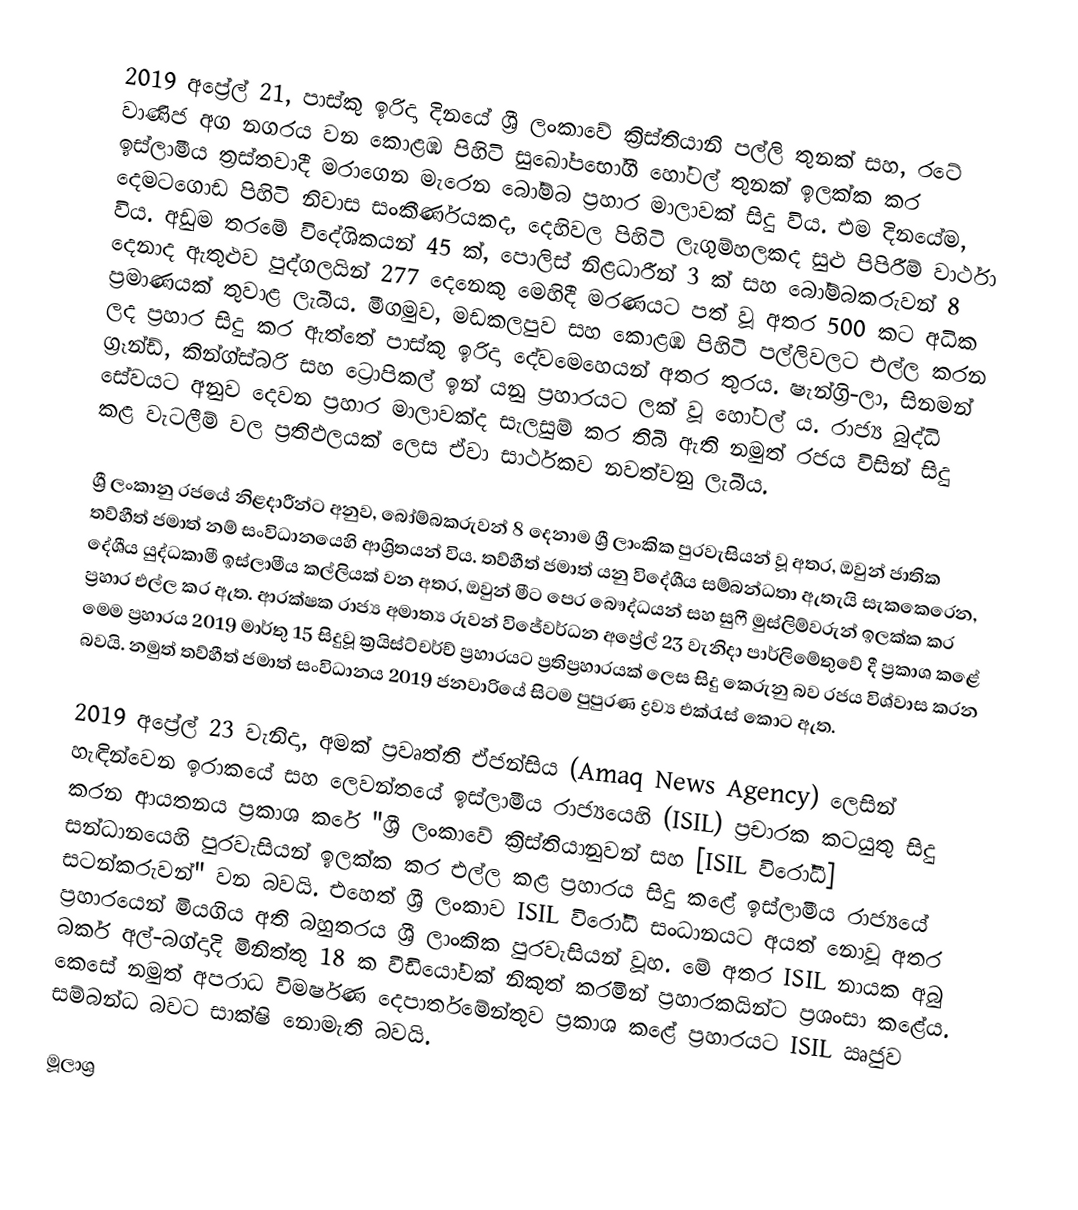
2019 අප්‍රේල් 21, පාස්කු ඉරිදා දිනයේ ශ්‍රී ලංකාවේ ක්‍රිස්තියානි පල්ලි තුනක් සහ, රටේ වාණිජ අග නගරය වන කොළඹ පිහිටි සුඛෝපභෝගී හෝටල් තුනක් ඉලක්ක කර ඉස්ලාමීය ත්‍රස්තවාදී මරාගෙන මැරෙන බෝම්බ ප්‍රහාර මාලාවක් සිදු විය. එම දිනයේම, දෙමටගොඩ පිහිටි නිවාස සංකීර්ණයකද, දෙහිවල පිහිටි ලැගුම්හලකද සුළු පිපිරීම් වාර්ථා විය. අඩුම තරමේ විදේශිකයන් 45 ක්, පොලිස් නිළධාරීන් 3 ක් සහ බෝම්බකරුවන් 8 දෙනාද ඇතුළුව පුද්ගලයින් 277 දෙනෙකු මෙහිදී මරණයට පත් වූ අතර 500 කට අධික ප්‍රමාණයක් තුවාළ ලැබීය. මීගමුව, මඩකලපුව සහ කොළඹ පිහිටි පල්ලිවලට එල්ල කරන ලද ප්‍රහාර සිදු කර ඇත්තේ පාස්කු ඉරිදා දේවමෙහෙයන් අතර තුරය. ෂැන්ග්‍රි-ලා, සිනමන් ග්‍රෑන්ඩ්, කින්ග්ස්බරි සහ ට්‍රොපිකල් ඉන් යනු ප්‍රහාරයට ලක් වූ හෝටල් ය. රාජ්‍ය බුද්ධි සේවයට අනුව දෙවන ප්‍රහාර මාලාවක්ද සැලසුම් කර තිබී ඇති නමුත් රජය විසින් සිදු කළ වැටලීම් වල ප්‍රතිඵලයක් ලෙස ඒවා සාර්ථකව නවත්වනු ලැබීය.

ශ්‍රී ලංකානු රජයේ නිළදාරීන්ට අනුව, බෝම්බකරුවන් 8 දෙනාම ශ්‍රී ලාංකික පුරවැසියන් වූ අතර, ඔවුන් ජාතික තව්හීත් ජමාත් නම් සංවිධානයෙහි ආශ්‍රිතයන් විය. තව්හීත් ජමාත් යනු විදේශීය සම්බන්ධතා ඇතැයි සැකකෙරෙන, දේශීය යුද්ධකාමී ඉස්ලාමීය කල්ලියක් වන අතර, ඔවුන් මීට පෙර බෞද්ධයන් සහ සුෆී මුස්ලිම්වරුන් ඉලක්ක කර ප්‍රහාර එල්ල කර ඇත. ආරක්ෂක රාජ්‍ය අමාත්‍ය රුවන් විජේවර්ධන අප්‍රේල් 23 වැනිදා පාර්ලිමේතුවේ දී ප්‍රකාශ කළේ මෙම ප්‍රහාරය 2019 මාර්තු 15 සිදුවූ ක්‍රයිස්ට්චර්ච් ප්‍රහාරයට ප්‍රතිප්‍රහාරයක් ලෙස සිදු කෙරුනු බව රජය විශ්වාස කරන බවයි. නමුත් තව්හීත් ජමාත් සංවිධානය 2019 ජනවාරියේ සිටම පුපුරණ ද්‍රව්‍ය එක්රැස් කොට ඇත.

2019 අප්‍රේල් 23 වැනිදා, අමක් ප්‍රවෘත්ති ඒජන්සිය (Amaq News Agency) ලෙසින් හැඳින්වෙන ඉරාකයේ සහ ලෙවන්තයේ ඉස්ලාමීය රාජ්‍යයෙහි (ISIL) ප්‍රචාරක කටයුතු සිදු කරන ආයතනය ප්‍රකාශ කරේ "ශ්‍රී ලංකාවේ ක්‍රිස්තියානුවන් සහ [ISIL විරෝධී] සන්ධානයෙහි පුරවැසියන් ඉලක්ක කර එල්ල කළ ප්‍රහාරය සිදු කළේ ඉස්ලාමීය රාජ්‍යයේ සටන්කරුවන්" වන බවයි. එහෙත් ශ්‍රී ලංකාව ISIL විරෝධී සංධානයට අයත් නොවූ අතර ප්‍රහාරයෙන් මියගිය අති බහුතරය ශ්‍රී ලාංකික පුරවැසියන් වූහ. මේ අතර ISIL නායක අබු බකර් අල්-බග්දාදි මිනිත්තු 18 ක වීඩියෝවක් නිකුත් කරමින් ප්‍රහාරකයින්ට ප්‍රශංසා කළේය. කෙසේ නමුත් අපරාධ විමර්ෂණ දෙපාර්තමේන්තුව ප්‍රකාශ කළේ ප්‍රහාරයට ISIL ඍජුව සම්බන්ධ බවට සාක්ෂි නොමැති බවයි.

මූලාශ්‍ර